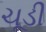
ચૂડી